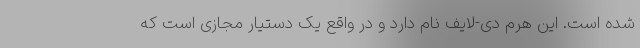
شده است. این هرم دی-لایف نام دارد و در واقع یک دستیار مجازی است که